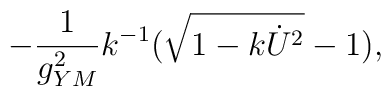
-{1\over g^2_{YM}}k^{-1}(\sqrt{1-k\dot{U}^2}-1) ,